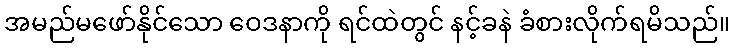
အမည်မဖော်နိုင်သော ဝေဒနာကို ရင်ထဲတွင် နင့်ခနဲ ခံစားလိုက်ရမိသည်။